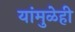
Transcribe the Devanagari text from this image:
यांमुळेही